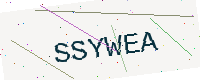
Text: SSYWEA